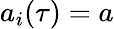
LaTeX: a_{i}(\tau)=a